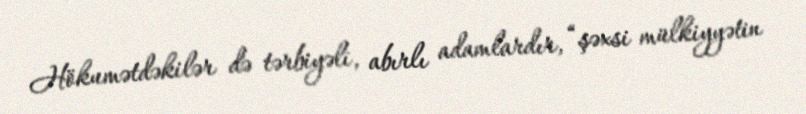
Hökumətdəkilər də tərbiyəli, abırlı adamlardır, “şəxsi mülkiyyətin